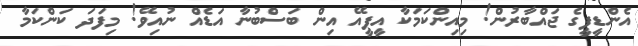
އެންޑީޕީގެ ޖައްބާރުން! މިއިންކަމަކާ އީޕީއޭ އިން ބަސްބުނާ އަޑެއް ނުއިވޭ! މިފަދަ ކަންކަމާ